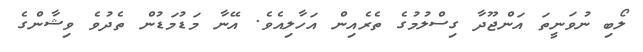
ލޯބި ނުވަނީތަ އަންޖޫދާ ގިސްލުމުގެ ތެރެއިން އަހާލިއެވެ. އޭނާ މަޑުމަޑުން ތެދުވެ ވިޝާންގެ